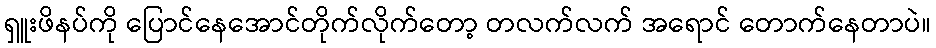
ရှူးဖိနပ်ကို ပြောင်နေအောင်တိုက်လိုက်တော့ တလက်လက် အရောင် တောက်နေတာပဲ။